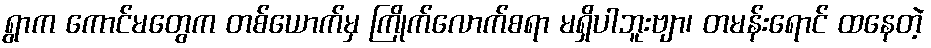
ရွာက ကောင်မတွေက တစ်ယောက်မှ ကြိုက်လောက်စရာ မရှိပါဘူးဗျာ၊ တမန်းရောင် ထနေတဲ့